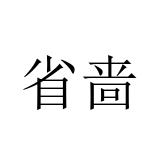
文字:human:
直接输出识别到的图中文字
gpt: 省啬